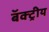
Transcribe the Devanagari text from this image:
बॅक्ट्रीय